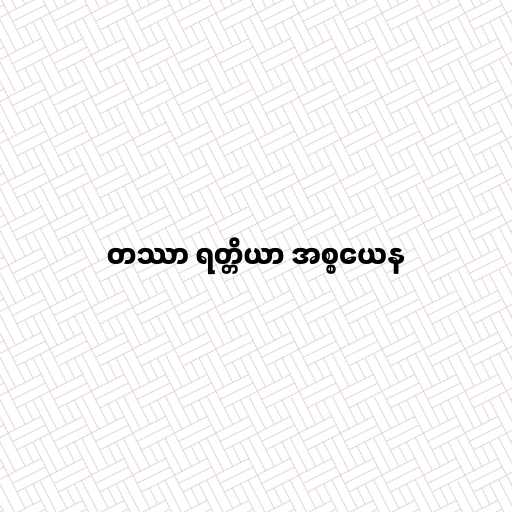
တဿာ ရတ္တိယာ အစ္စယေန